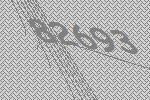
82693